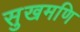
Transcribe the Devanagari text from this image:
सुखमणि